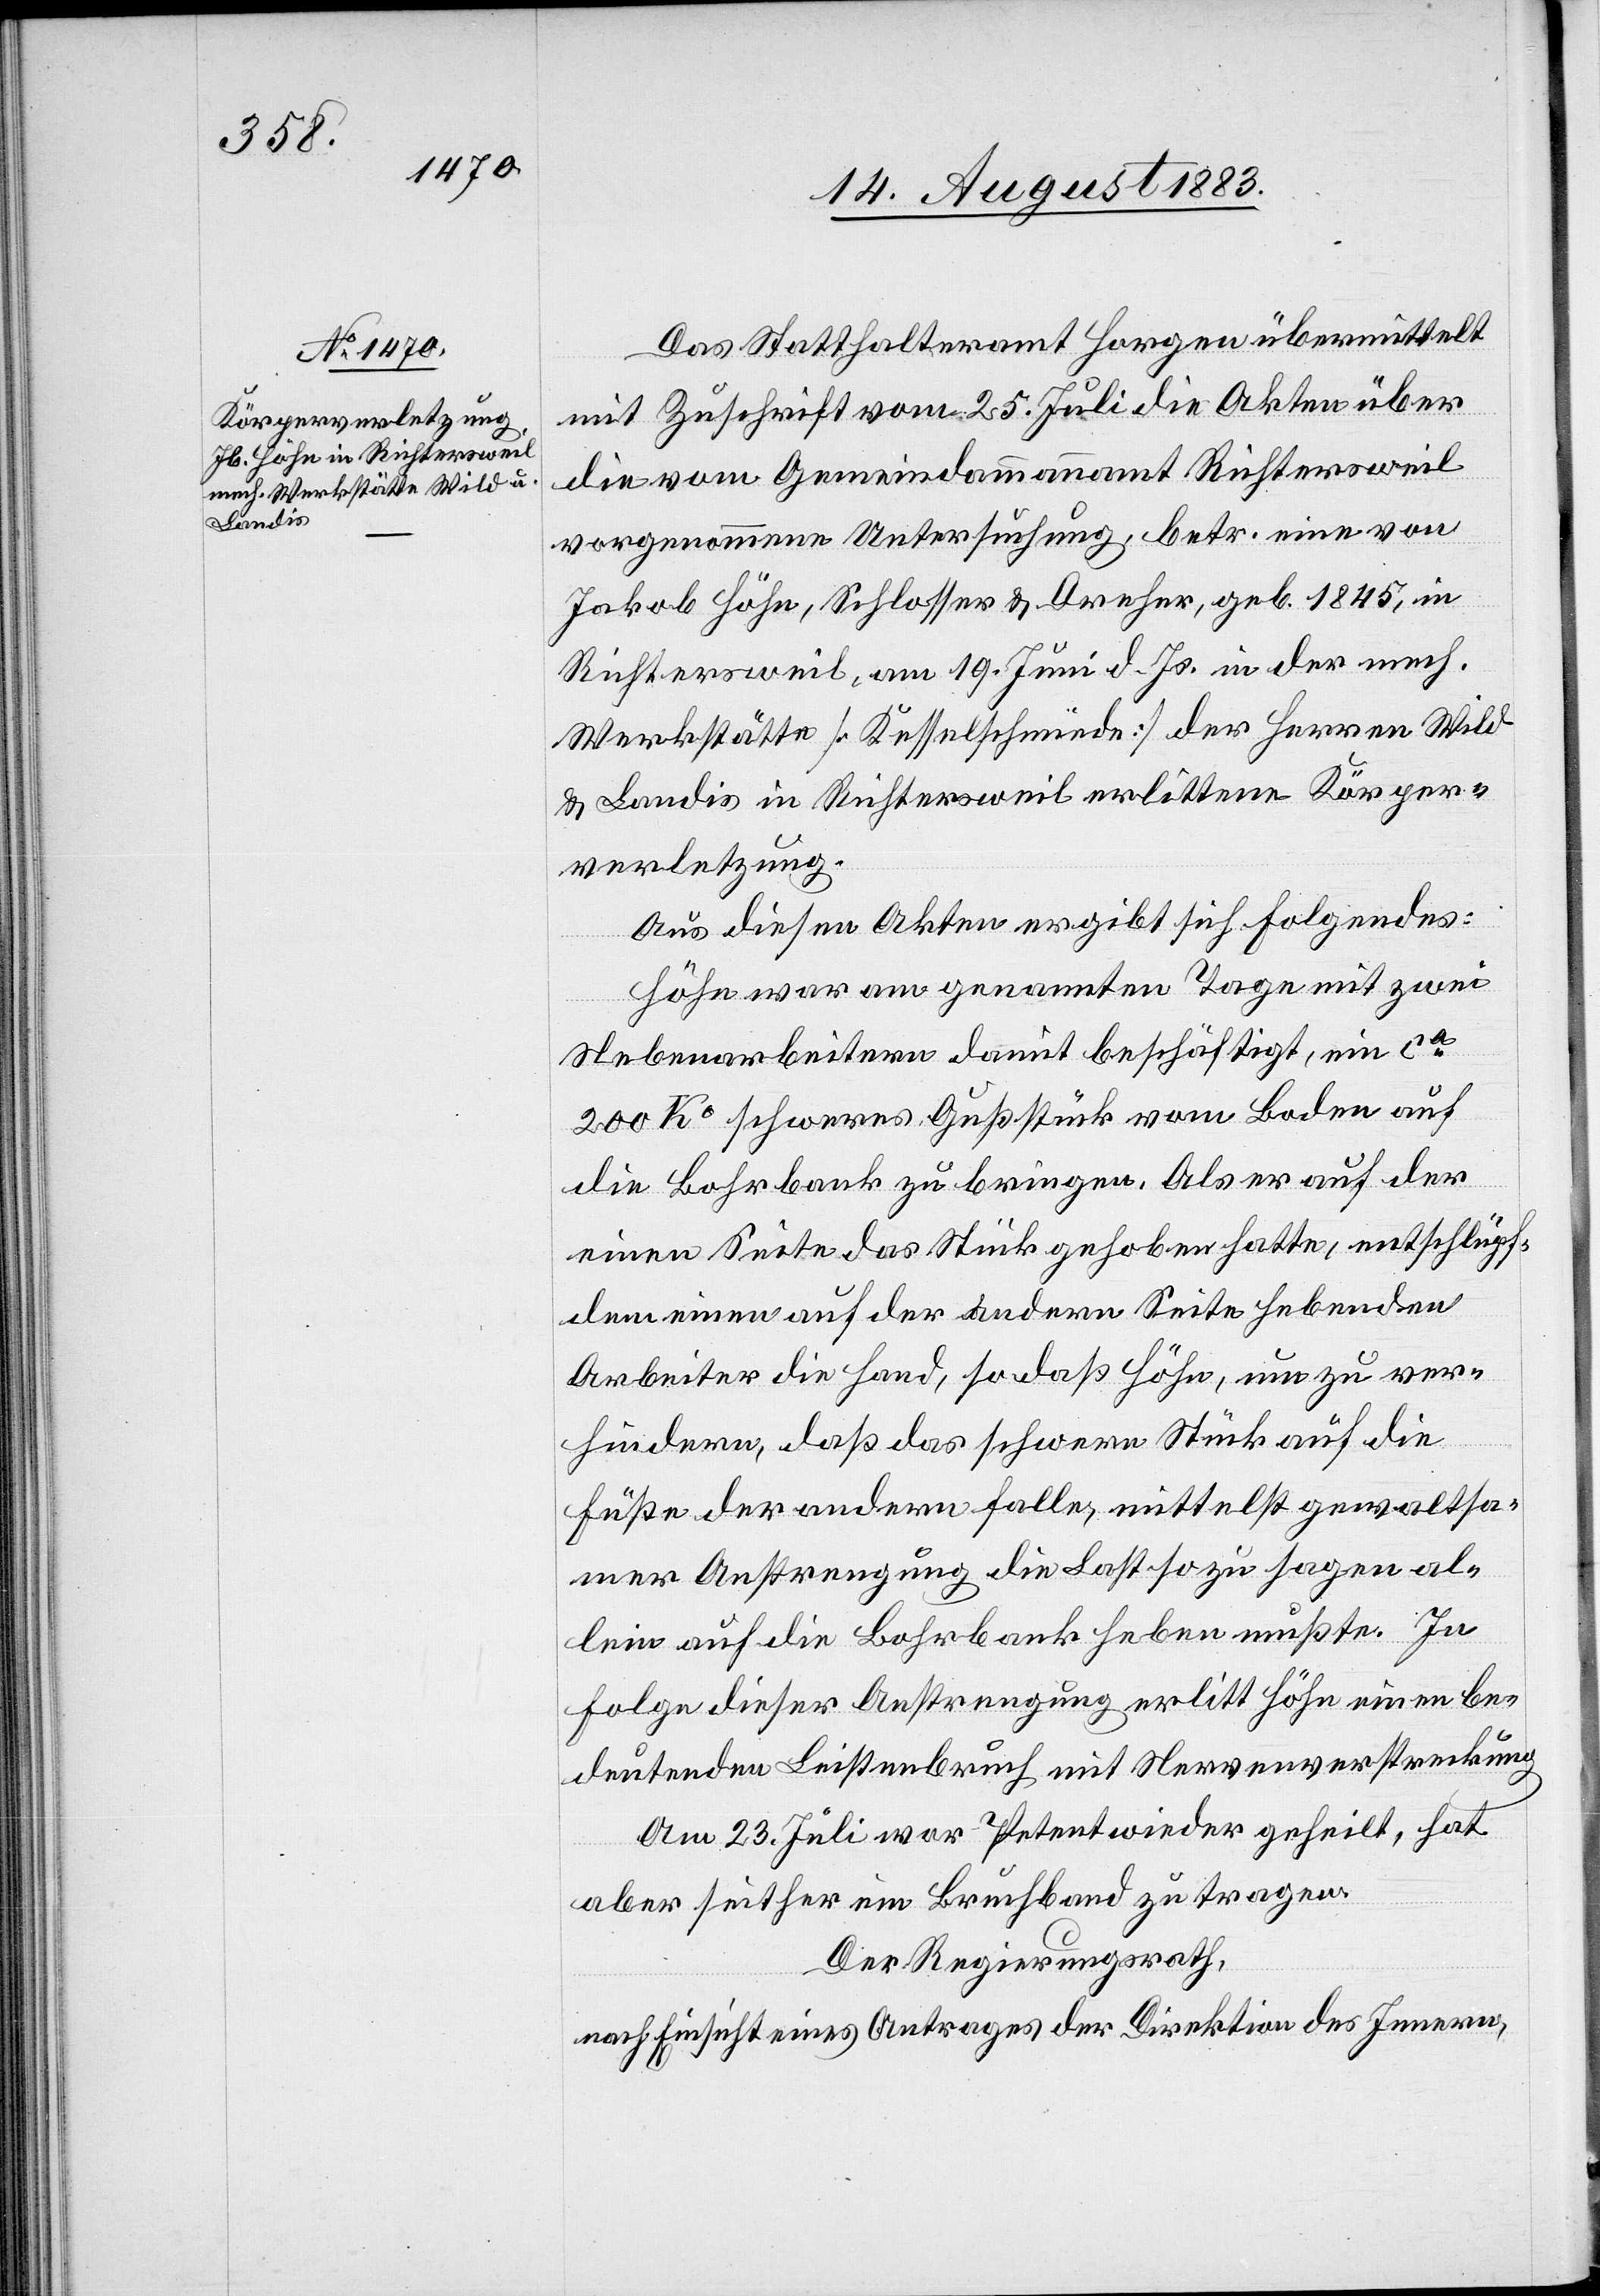
Das Statthalteramt Horgen übermittelt
mit Zuschrift vom 25. Juli die Akten über
die vom Gemeindammannamt Richtersweil
vorgenommene Untersuchung, betr. eine von
Jakob Höhe, Schlosser & Dreher, geb. 1845, in
Richtersweil, am 19. Juni d. Js. in der mech.
Werkstätte [Kesselschmiede] der Herren Wild
& Landis in Richtersweil erlittene Körper¬
verletzung.
Aus diesen Akten ergibt sich Folgendes:
Höhe war am genannten Tage mit zwei
Nebenarbeitern damit beschäftigt, ein ca
200 Ko schweres Gußstück vom Boden auf
die Bohrbank zu bringen. Als er auf der
einen Seite das Stück gehoben hatte, entschlüpfte
dem einen auf der andern Seite hebenden
Arbeiter die Hand, so daß Höhe, um zu ver¬
hindern, daß das schwere Stück auf die
Füße der andern Falle, mittelst gewaltsa¬
mer Anstrengung die Last so zu sagen al¬
lein auf die Bohrbank heben mußte. In
Folge dieser Anstrengung erlitt Höhe einen be¬
deutenden Leistenbruch mit Nervenverstreckung.
Am 23. Juli war Petent wieder geheilt, hat
aber seither ein Bruchband zu tragen.
Der Regierungsrath,
nach Einsicht eines Antrages der Direktion des Innern,